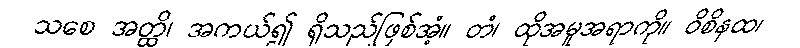
သစေ အတ္ထိ၊ အကယ်၍ ရှိသည်ဖြစ်အံ့။ တံ၊ ထိုအမူအရာကို။ ဝိစိနထ၊